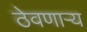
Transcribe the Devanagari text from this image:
ठेवणाऱ्य